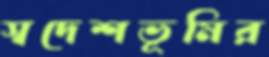
স্বদেশভূমির